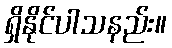
ရှိနိုင်ပါသနည်း။